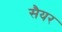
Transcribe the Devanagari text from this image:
सैयर